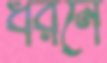
ধরনে